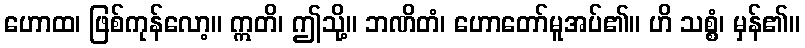
ဟောထ၊ ဖြစ်ကုန်လော့။ ဣတိ၊ ဤသို့။ ဘဏိတံ၊ ဟောတော်မူအပ်၏။ ဟိ သစ္စံ၊ မှန်၏။